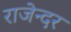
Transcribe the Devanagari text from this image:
राजेन्दर